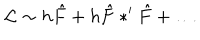
{ \mathcal L } \sim h \hat { F } + h \hat { F } \ast ^ { \prime } \hat { F } + \dots